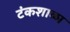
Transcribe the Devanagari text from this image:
टंकशाळा